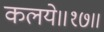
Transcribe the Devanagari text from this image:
कलये॥१७॥